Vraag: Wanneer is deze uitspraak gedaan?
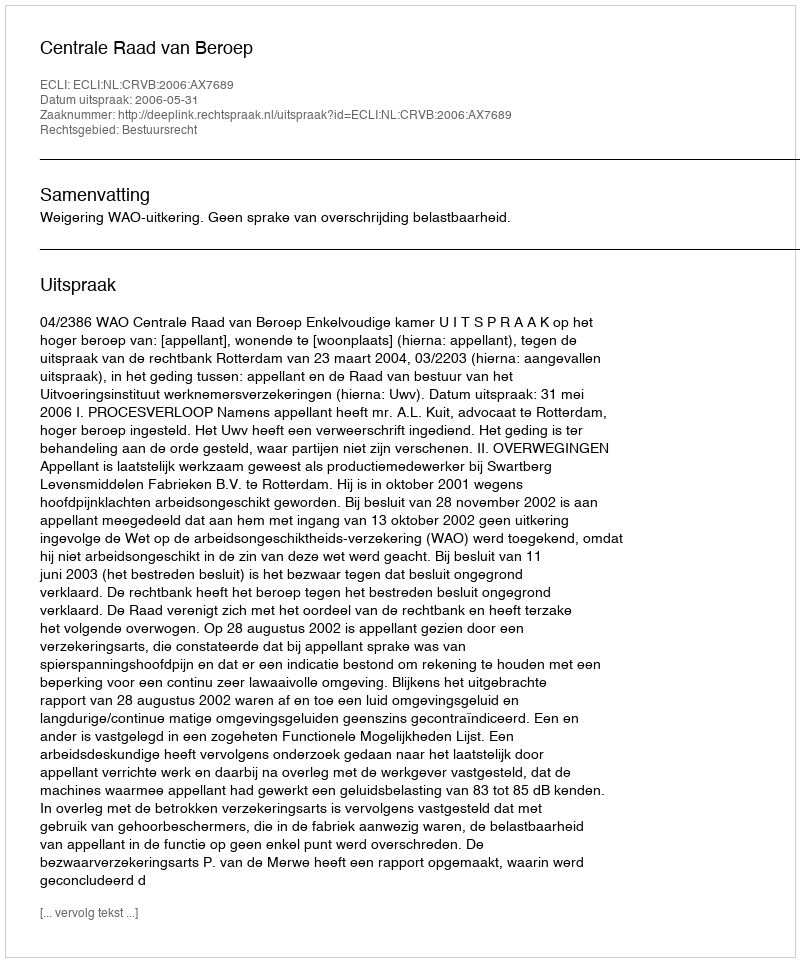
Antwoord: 2006-05-31